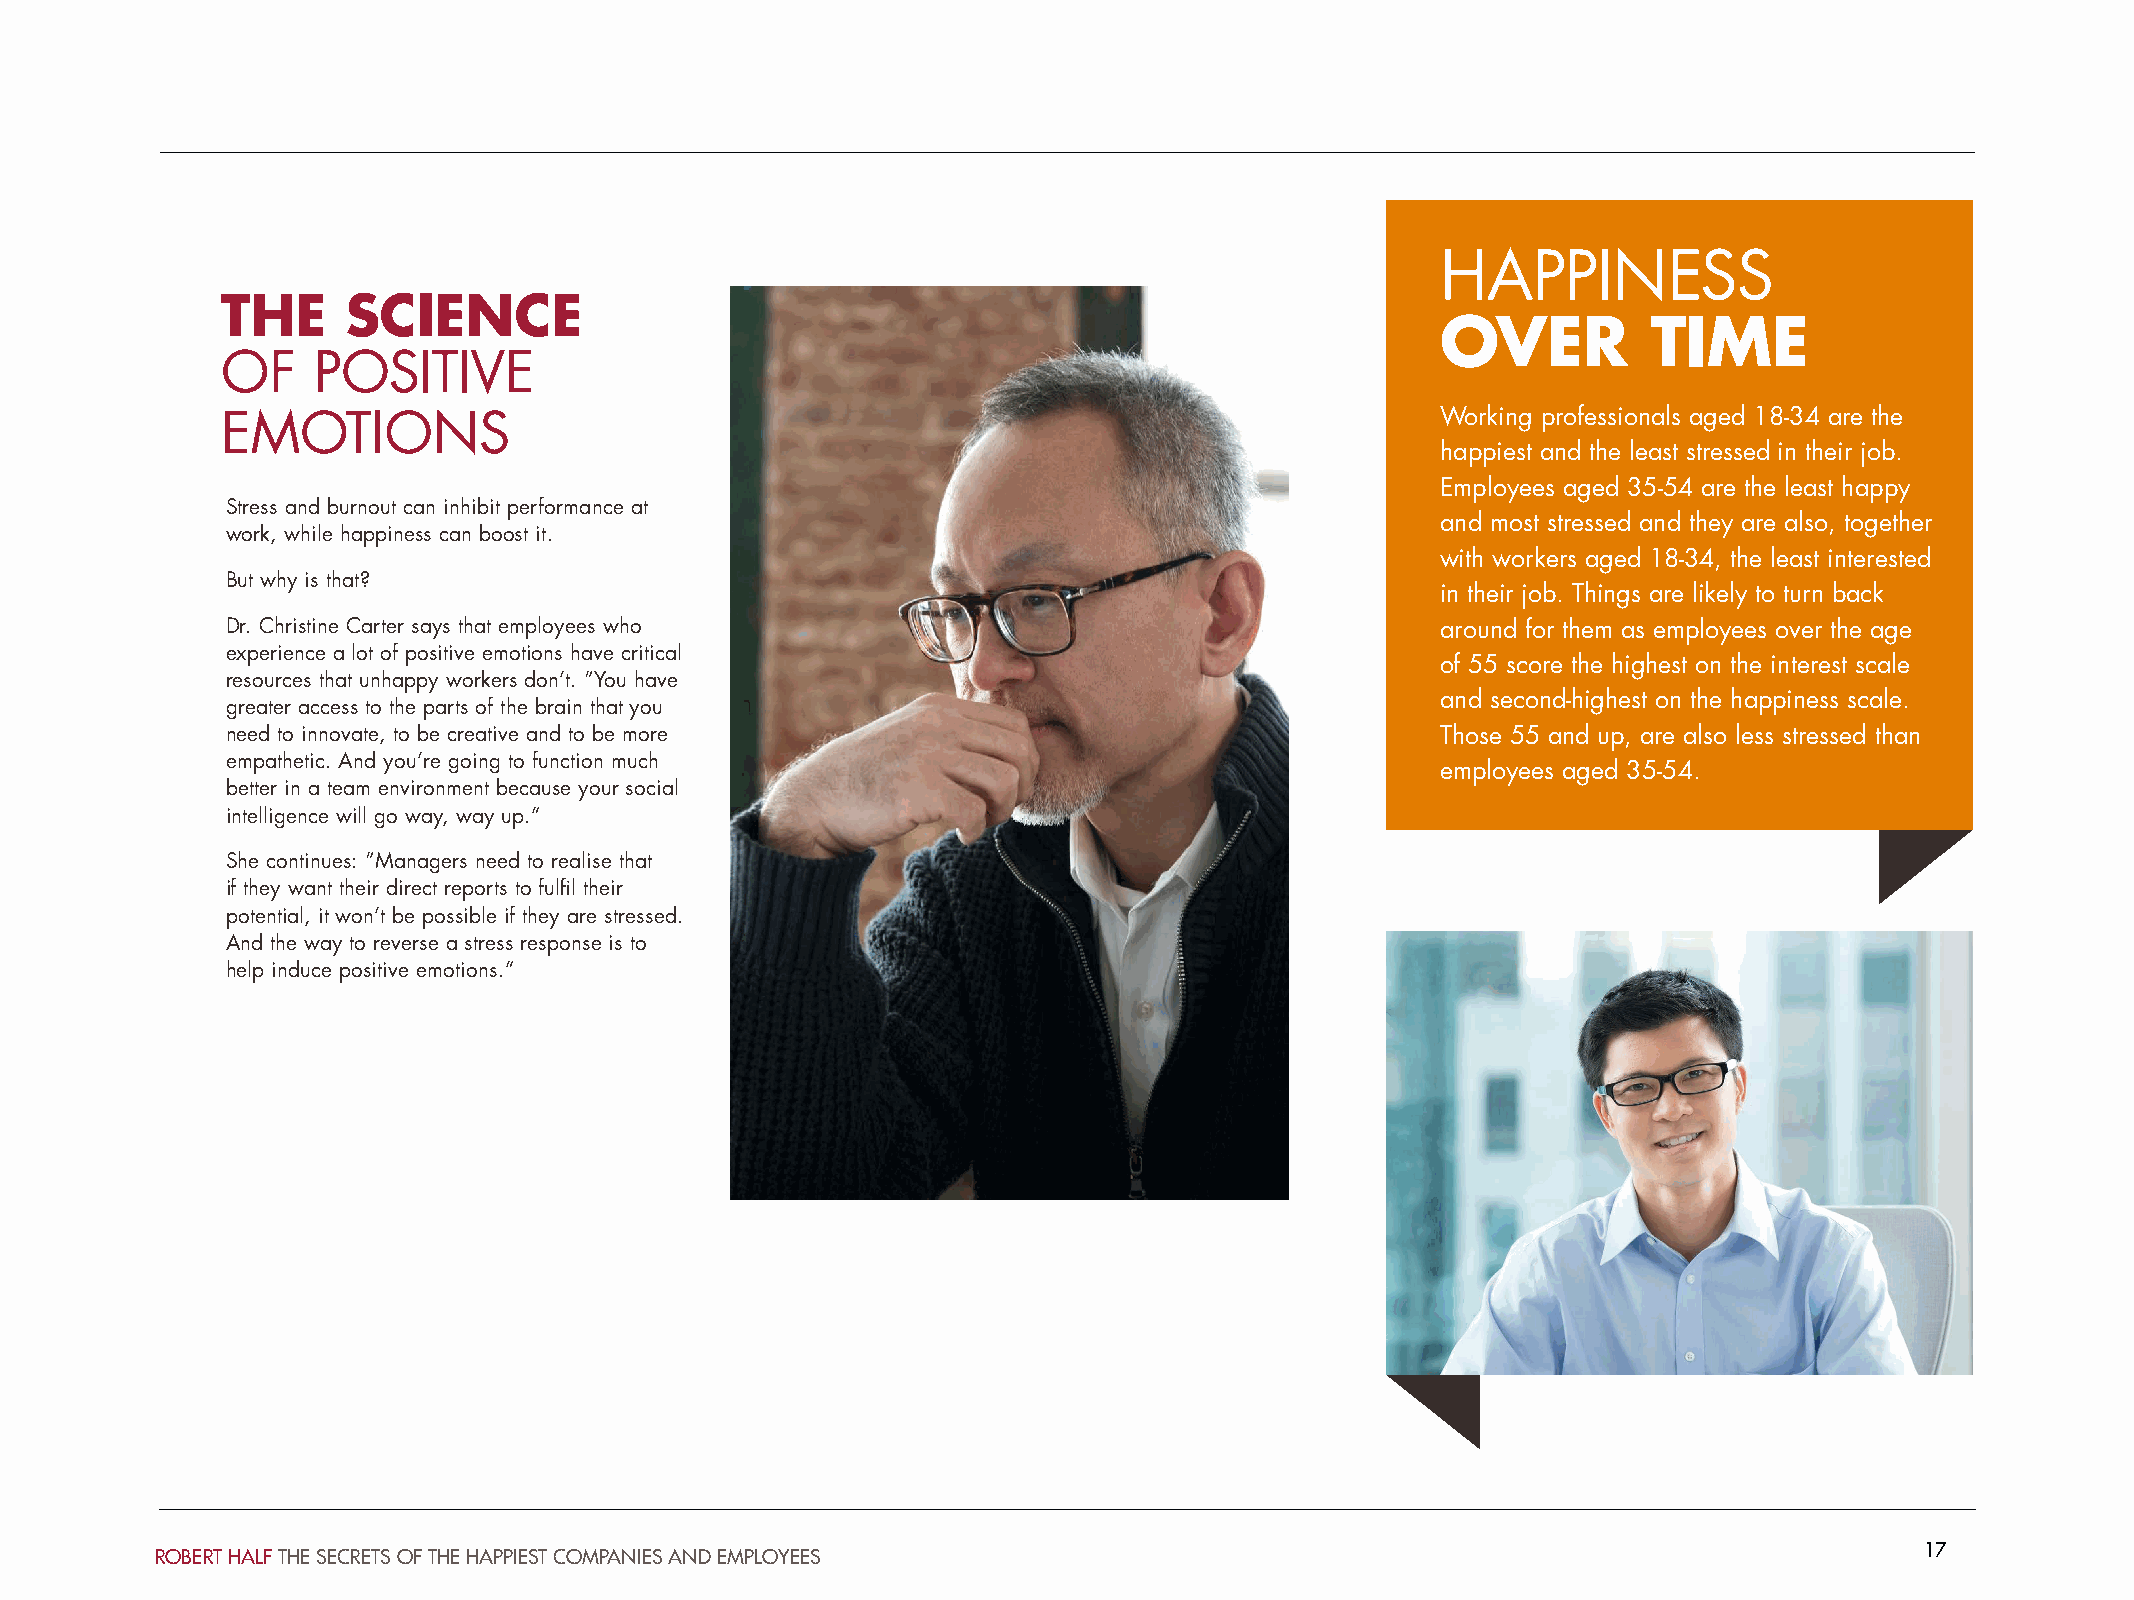
HAPPINESS
 THE     SCIENCE
 OVER          TIME
 OF    POSITIVE
 EMOTIONS                                                                        Working professionals aged 18-34 are the
 happiest and the least stressed in their job.
 Employees aged 35-54 are the least happy
 Stress and burnout can inhibit performance at
 and most stressed and they are also, together
 work, while happiness can boost it.
 with workers aged 18-34, the least interested
 But why is that?
 in their job. Things are likely to turn back
 Dr. Christine Carter says that employees who                                    around for them as employees over the age
 experience a lot of positive emotions have critical
 of 55 score the highest on the interest scale
 resources that unhappy workers don’t. “You have
 and second-highest on the happiness scale.
 greater access to the parts of the brain that you
 need to innovate, to be creative and to be more                                 Those 55 and up, are also less stressed than
 empathetic. And you’re going to function much
 employees aged 35-54.
 better in a team environment because your social
 intelligence will go way, way up.”
 She continues: “Managers need to realise that
 if they want their direct reports to fulfil their
 potential, it won’t be possible if they are stressed.
 And the way to reverse a stress response is to
 help induce positive emotions.”
 17
 ROBERT HALF THE SECRETS OF THE HAPPIEST COMPANIES AND EMPLOYEES